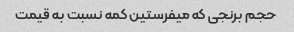
حجم برنجی که میفرستین کمه نسبت به قیمت